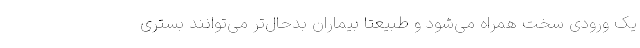
یک ورودی سخت همراه می‌شود و طبیعتا بیماران بدحال‌تر می‌توانند بستری